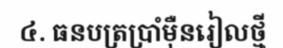
៤. ធនបត្រប្រាំម៉ឺនរៀលថ្មី